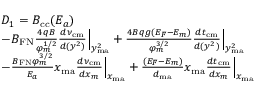
\begin{array} { r l } & { D _ { 1 } = { \cal B } _ { \mathrm { c c } } ( E _ { a } ) } \\ & { - B _ { \mathrm { F N } } \frac { 4 q B } { \varphi _ { m } ^ { 1 / 2 } } \frac { d \nu _ { \mathrm { c m } } } { d ( y ^ { 2 } ) } \Big | _ { y _ { \mathrm { m a } } ^ { 2 } } + \frac { 4 B q g ( { \cal E } _ { F } - { \cal E } _ { m } ) } { \varphi _ { m } ^ { 3 / 2 } } \frac { d t _ { \mathrm { c m } } } { d ( y ^ { 2 } ) } \Big | _ { y _ { \mathrm { m a } } ^ { 2 } } } \\ & { - \frac { B _ { \mathrm { F N } } \varphi _ { m } ^ { 3 / 2 } } { E _ { a } } x _ { \mathrm { m a } } \frac { d \nu _ { \mathrm { c m } } } { d x _ { m } } \Big | _ { x _ { \mathrm { m a } } } + \frac { ( { \cal E } _ { F } - { \cal E } _ { m } ) } { d _ { \mathrm { m a } } } x _ { \mathrm { m a } } \frac { d t _ { \mathrm { c m } } } { d x _ { m } } \Big | _ { x _ { \mathrm { m a } } } } \end{array}